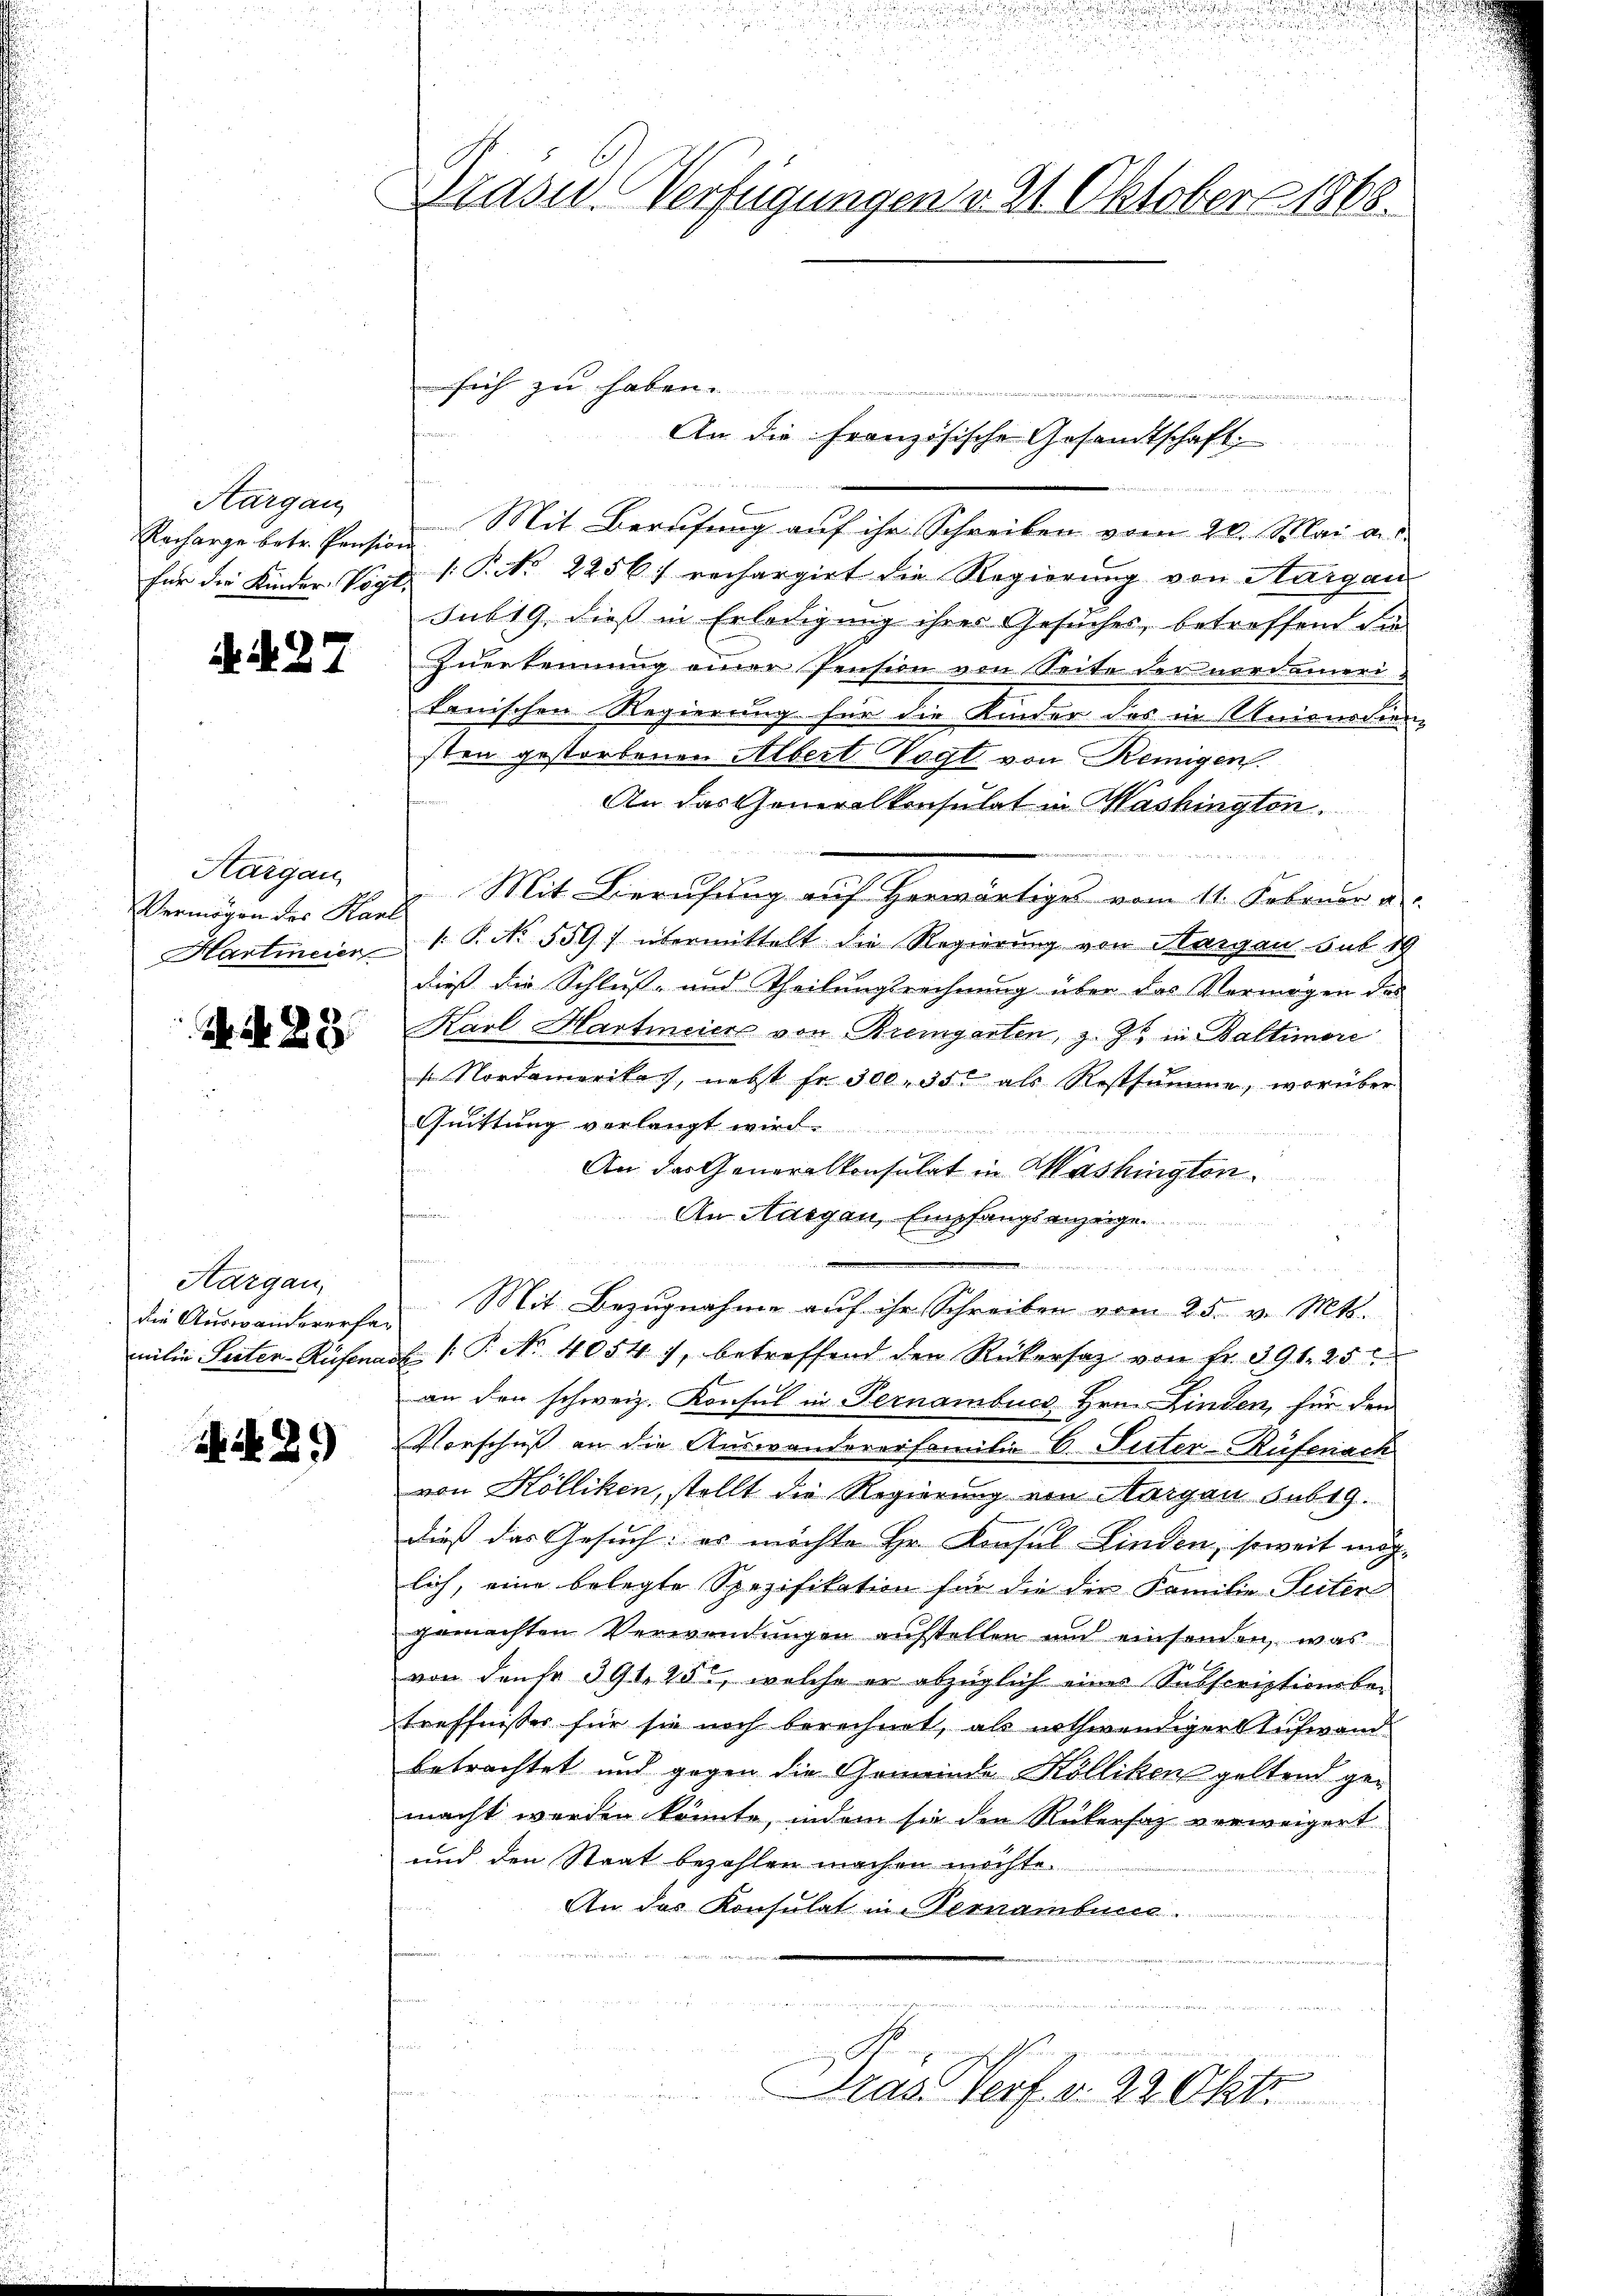
Aargau
Elacharge betr. Pension

N. N. 27

Hargau
Vermögen des Karl

N. 23

Aargau,
die Auswandererfer
milie Seiten-Rüfenar

29)

8
Präsid. Verfügungen v. 21. Oktober 1868.

Mit Berufung auf ihr Schreiben vom 28. Mai an
für die Kinder Vogt 1. P. Nr. 2256) rechargirt die Regierung von Aargau
sub 19, dieß in Erledigung ihrer Gesuches, betreffend die
Zuerkennung einer Pension von Seite der nordamerikanischen Regierung für die Kinder des in Unionsdien
sten gestorbenen Albert Vogt von Remigen.
An das Generalkonsulat in Mashingten.
4 die
„Mit Berufung auf herwärtiges vom 11. Februar a.
Hartincier P. No. 559. übermittelt die Regierung von Margau sub d
dieß die Schluß- und Theilungsrechnung über das Vermögen des
Karl Hartmeiers von Bremgarten, z. Zt. in Baltimore
 Nordamerikas, nebst fr. 300, 350 als Restsumme, worüber
Quittung verlangt wir
An der Generalkonsulat in Washington
An Aargau, Empfangsanzeige

Mit Bezugnahme auf ihr Schreiben vom 25. v. Mts.
. (T. No. 4054. 7, betreffend den Rückersatz von fr. 391. 25
an den schweiz. Konsul in Fernambucs Hrn. Linden, für den
Vorschuß an die Auswandererfamilie C. Suter-Rüfenach
von Kölliken, stellt die Regierung von Margau sub 19.
dieß das Gesuch: es möchte Hr. Konsul finden, soweit möglich, eine belegte Spezifikation für die der Familie Seiter
gemachten Verwendungen aufstellen und einsenden, was
von densr 391, 25, welche er abzüglich eines Subscriptionsbe-
treffnisser für sie noch berechnet, als nothwendiger Aufwand
betrachtet und gegen die Gemeinde Kölliken geltend gemacht werden könnte, indem sie den Rükersatz verweigert.
und den Staat bezahlen machen möchte.
An das Konsulat in Vernambene
Das Verf. v. 22 Okto

sich zu haben.
 nennen
An die Französische Gesandtschaft.

.